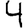
Digit: 4